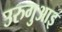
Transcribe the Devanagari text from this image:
उरुगुआइ